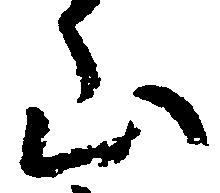
山